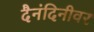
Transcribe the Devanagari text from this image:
दैनंदिनीवर